Annual administration report of the Civil Veterinary Department of India - 1899-1900
Year: 1899
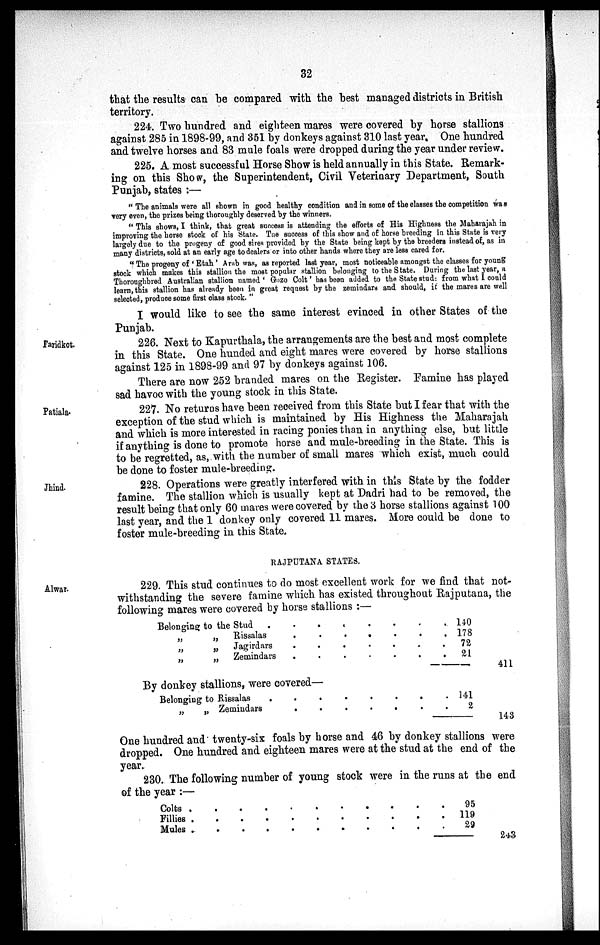
32
that the results can be compared with the best managed districts in British
territory.
224. Two hundred and eighteen mares were covered by horse stallions
against 285 in 1898-99, and 351 by donkeys against 310 last year. One hundred
and twelve horses and 83 mule foals were dropped during the year under review.
225. A most successful Horse Show is held annually in this State. Remark-
ing on this Show, the Superintendent, Civil Veterinary Department, South
Punjab, states:—
"The animals were all shown in good healthy condition and in some of the classes the competition was
very even, the prizes being thoroughly deserved by the winners.
"This shows, I think, that great success is attending the efforts of His Highness the Maharajah in
improving the horse stock of his State. The success of this show and of horse breeding in this State is very
largely due to the progeny of good sires provided by the State being kept by the breeders instead of, as in
many districts, sold at an early age to dealers or into other hands where they are less cared for.
"The progeny of 'Etah' Arab was, as reported last year, most noticeable amongst the classes for young
stock which makes this stallion the most popular stallion belonging to the State. During the last year, a
Thoroughbred Australian stallion named 'Gozo Colt' has been added to the State stud: from what I could
learn, this stallion has already been in great request by the zemindars and should, it the mares are well
selected, produce some first class stock."
I would like to see the same interest evinced in other States of the
Punjab.
Faridkot.
226. Next to Kapurthala, the arrangements are the best and most complete
in this State. One hunded and eight mares were covered by horse stallions
against 125 in 1898-99 and 97 by donkeys against 106.
There are now 252 branded mares on the Register. Famine has played
sad havoc with the young stock in this State.
Patiala.
227. No returns have been received from this State but I fear that with the
exception of the stud which is maintained by His Highness the Maharajah
and which is more interested in racing ponies than in anything else, but little
if anything is done to promote horse and mule-breeding in the State. This is
to be regretted, as, with the number of small mares which exist, much could
be done to foster mule-breeding.
Jhind.
228. Operations were greatly interfered with in this State by the fodder
famine. The stallion which is usually kept at Dadri had to be removed, the
result being that only 60 mares were covered by the 3 horse stallions against 100
last year, and the 1 donkey only covered 11 mares. More could be done to
foster mule-breeding in this State.
Alwar.
RAJPUTANA STATES.
229. This stud continues to do most excellent work for we find that not-
withstanding the severe famine which has existed throughout Rajputana, the
following mares were covered by horse stallions:—
Belonging to the Stud .
.
.
.
.
.
.
.
„
„
Rissalas
.
.
.
.
.
.
.
„
„ Jagirdars
.
.
.
.
.
.
.
„
„ Zemindars
. . . . . . . . . . .
140
178
72
21
411
By donkey stallions, were covered—
Belonging to Rissalas . . . . . . . . . . ..
„
„ Zemindars
.
.
.
.
.
.
.
141
2
143
One hundred and twenty-six foals by horse and 46 by donkey stallions were
dropped. One hundred and eighteen mares were at the stud at the end of the
year.
230. The following number of young stock were in the runs at the end
of the year:—
Colts .
Fillies .
Mules .
.
.
.
.
.
.
.
.
.
.
.
.
.
.
.
.
.
.
.
.
.
.
.
.
.
.
.
.
.
.
95
119
29
243